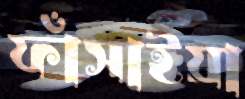
ফাঁসাইয়া